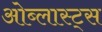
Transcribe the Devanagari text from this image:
ओब्लास्ट्स